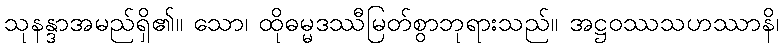
သုနန္ဒာအမည်ရှိ၏။ သော၊ ထိုဓမ္မဒဿီမြတ်စွာဘုရားသည်။ အဋ္ဌဝဿသဟဿာနိ၊